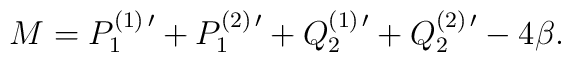
M= P^{(1)\,\prime}_1 + P^{(2)\,\prime}_1 +Q^{(1)\,\prime}_2 + Q^{(2)\,\prime}_2-4\beta .